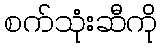
စက်သုံးဆီကို